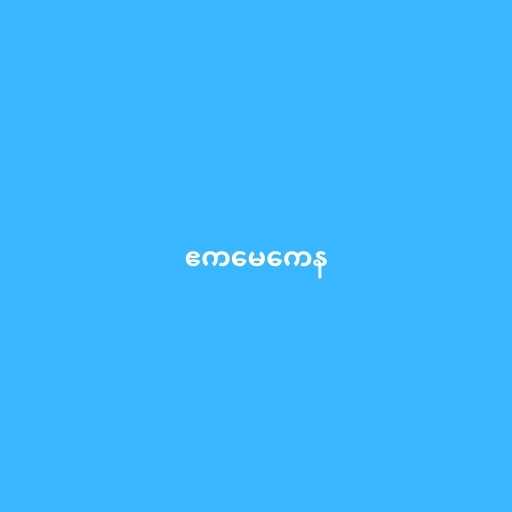
ဧကမေကေန